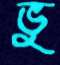
ভু